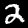
Label: 2